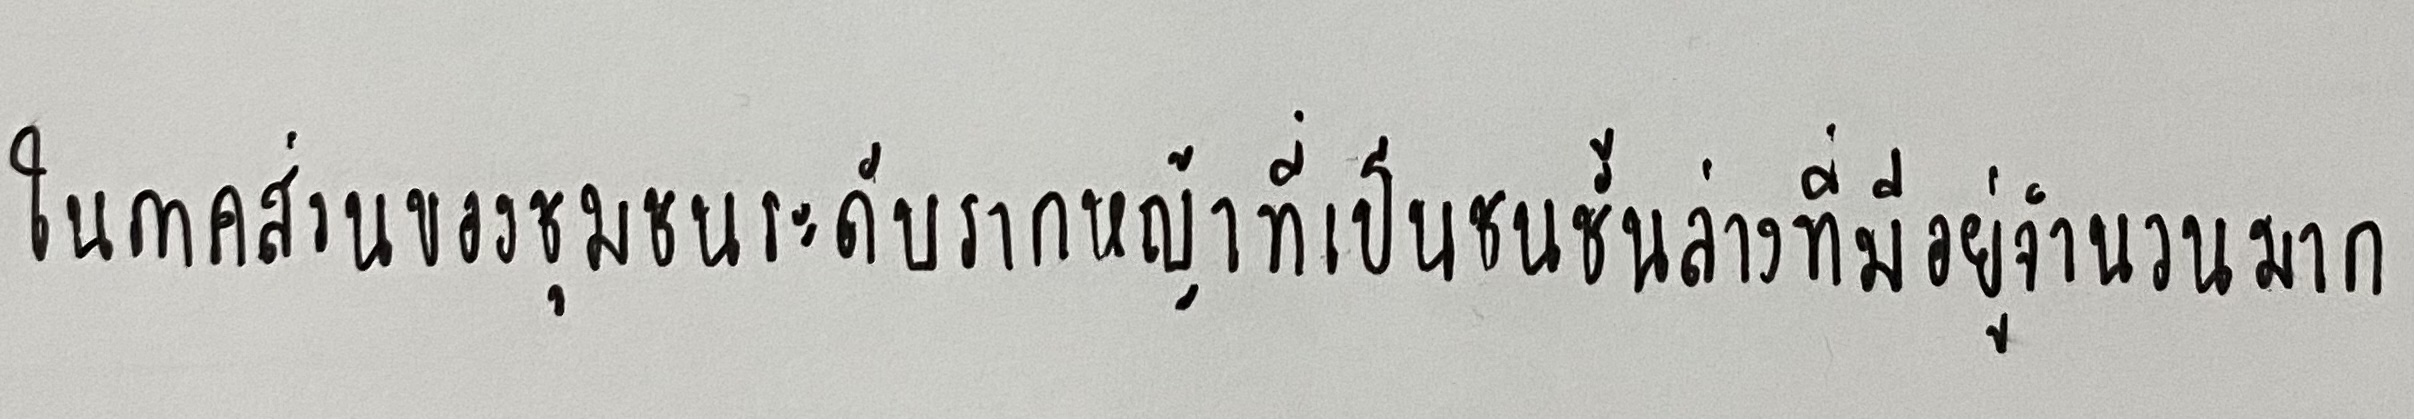
ในภาคส่วนของชุมชนระดับรากหญ้าที่เป็นชนชั้นล่างที่มีอยู่จำนวนมาก